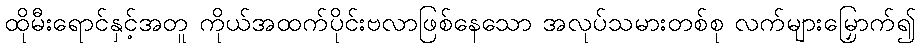
ထိုမီးရောင်နှင့်အတူ ကိုယ်အထက်ပိုင်းဗလာဖြစ်နေသော အလုပ်သမားတစ်စု လက်များမြှောက်၍